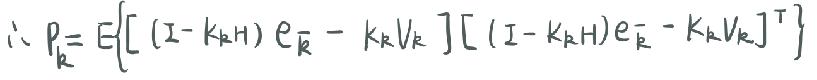
\( \therefore P_{k}=E\left\{ \left[(I - K_{k}H)e_{\overline{k}}-K_{k}V_{k}\right]\left[(I - K_{k}H)e_{\overline{k}}-K_{k}V_{k}\right]^{T}\right\} \)